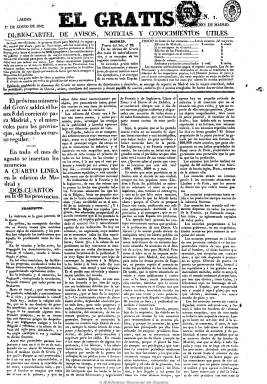
Título: El Gratis (Madrid)
Colección: Prensa gratuita || Periódicos anteriores a 1850
Ámbito geográfico: Madrid
Lugar de publicación: Madrid
Fechas: 01/08/1842-14/01/1843

Periódico subtitulado “diario-cartel de avisos, noticias y conocimientos útiles” que resaltaba los anuncios publicitarios y que distribuía gratis sus primeros dos mil ejemplares. De cuatro páginas y a cuatro columnas, llegó a imprimir tres ediciones. Una diaria para Madrid, otra semanal (miércoles) para provincias y el extranjero, y la tercera colocada como cartel en las calles madrileñas, los domingos. Llegó a tener una distribución a domicilio. En su prospecto, sus editores, después de hacer un elogio a la imprenta y a la prensa como impulsadoras de la industria y el comercio,  incluso como beneficiaria de la moral y la religión, lo hacen también de las ventajas de la publicidad comercial para el favorecimiento del progreso de los pueblos, poniendo como ejemplo lo que se hace en la prensa francesa e inglesa, e intentando superar lo que consideran vetusto en el Diario de avisos de Madrid.

Incluye agenda religiosa y de espectáculos (teatros), noticias comerciales, locales, oficiales y de interés general, un boletín bibliográfico, artículos de divulgación e instrucción y de conocimientos útiles, reclamos (al estilo de la prensa francesa), cotizaciones de la bolsa madrileña, e incluso un folletín, charadas y letrillas. Además de anuncios clasificados.

No duró más de medio año y llegó a editar 161 números, cesando el 15 de enero de 1843 y sucediéndole El nuevo avisador.